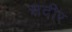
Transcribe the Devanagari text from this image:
सदीर